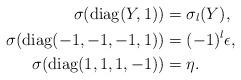
LaTeX: \begin{align*}\sigma(\mathrm{diag}(Y,1)) & =\sigma_{l}(Y),\\\sigma(\mathrm{diag}(-1,-1,-1,1)) & =(-1)^{l}\epsilon,\\\sigma(\mathrm{diag}(1,1,1,-1)) & =\eta.\end{align*}